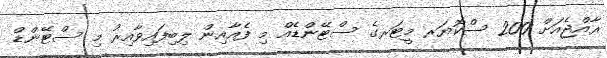
ރާއްޖެއަށް 200 ސްކޮޔަރ މީޓަރގެ ސްޓޭންޑެއް މި ފެއާއިން ލިބިފައިވާއިރު މި ސްޓޭންޑް